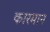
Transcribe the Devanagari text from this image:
कारमान